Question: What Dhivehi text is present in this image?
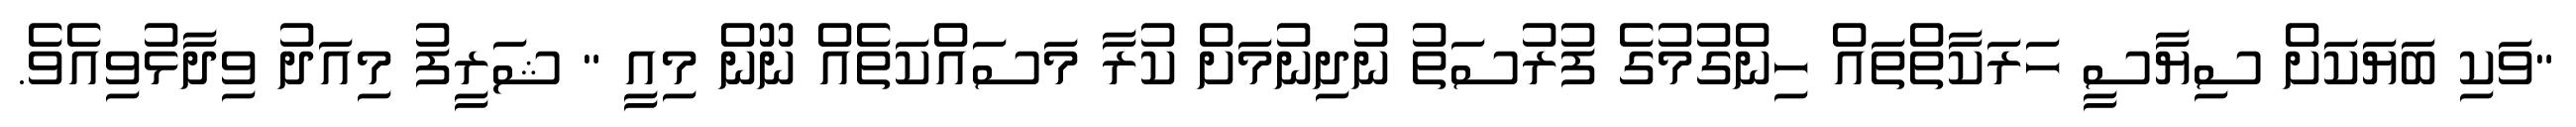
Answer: "ވަކި ބަޔަކަށް ސިޔާސީ ހަރަކާތްތައް ހިންގުމުގެ ފުރުސަތު ނުދިނުމަށް ކުރާ މަސައްކަތެއް ނޫން މިއީ " ޝަރީފު މިއަދު ވިދާޅުވިއެވެ.